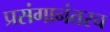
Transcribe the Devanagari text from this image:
प्रसंगानंतरच